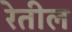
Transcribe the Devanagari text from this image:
रेतील